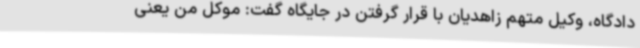
دادگاه، وکیل متهم زاهدیان با قرار گرفتن در جایگاه گفت: موکل من یعنی